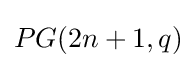
PG(2n+1,q)